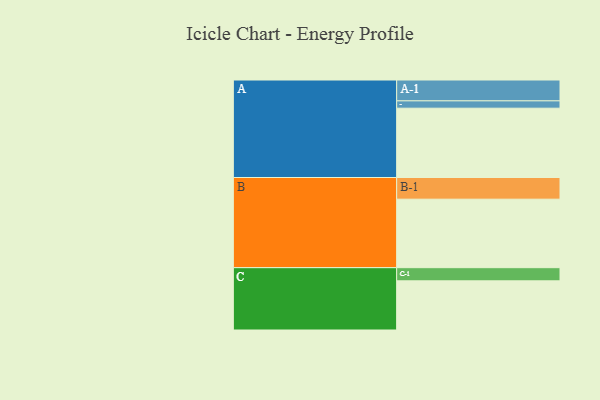
{"axis": {"x": "Segment", "y": "Value"}, "legend": ["", "A", "B", "C"], "data": [{"x": "A", "y": 595, "type": ""}, {"x": "B", "y": 588, "type": ""}, {"x": "C", "y": 422, "type": ""}, {"x": "A-1", "y": 179, "type": "A"}, {"x": "A-2", "y": 63, "type": "A"}, {"x": "B-1", "y": 186, "type": "B"}, {"x": "C-1", "y": 113, "type": "C"}]}